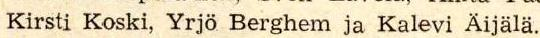
Kirsti Koski, Yrjö Berghem ja Kalevi Äijälä.